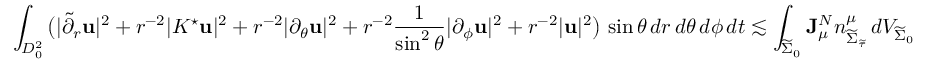
\int _ { D _ { 0 } ^ { 2 } } \big ( | \widetilde { \partial } _ { r } \mathbf { u } | ^ { 2 } + r ^ { - 2 } | K ^ { \star } \mathbf { u } | ^ { 2 } + r ^ { - 2 } | \partial _ { \theta } \mathbf { u } | ^ { 2 } + r ^ { - 2 } \frac { 1 } { \sin ^ { 2 } \theta } | \partial _ { \phi } \mathbf { u } | ^ { 2 } + r ^ { - 2 } | \mathbf { u } | ^ { 2 } \big ) \, \sin \theta \, d r \, d \theta \, d \phi \, d t \lesssim \int _ { \widetilde { \Sigma } _ { 0 } } \mathbf { J } _ { \mu } ^ { N } n _ { { \widetilde { \Sigma } _ { \widetilde { \tau } } } } ^ { \mu } \, d V _ { \widetilde { \Sigma } _ { 0 } }